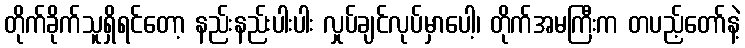
တိုက်ခိုက်သူရှိရင်တော့ နည်းနည်းပါးပါး လှုပ်ချင်လုပ်မှာပေါ့၊ တိုက်အမကြီးက တပည့်တော်နဲ့